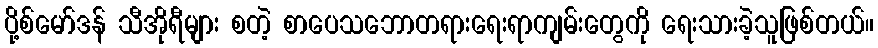
ပို့စ်မော်ဒန် သီအိုရီများ စတဲ့ စာပေသဘောတရားရေးရာကျမ်းတွေကို ရေးသားခဲ့သူဖြစ်တယ်။